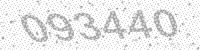
Solution: 093440